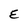
Character: E